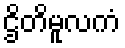
ဌိတိမူလကံ